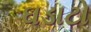
ઘડાટો